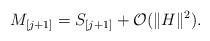
LaTeX: \begin{align*}M_{[j+1]}=S_{[j+1]}+ \mathcal{O}(\|H\|^2).\end{align*}